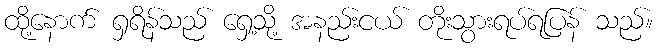
ထို့နောက် ရှရိန်သည် ရှေ့သို့ အနည်းငယ် တိုးသွားရပ်ရပြန် သည်။